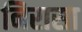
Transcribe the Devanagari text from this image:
निरासा